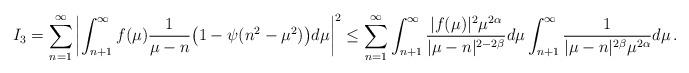
LaTeX: \begin{align*}I_3 & = \sum_{n=1}^\infty \left | \int^\infty_{n+1} f(\mu )\frac{1}{\mu -n }\big ( 1 -\psi (n^2 - \mu^2) \big) d\mu \right |^2 \leq \sum_{n=1}^\infty \int^\infty_{n+1} \frac{|f(\mu )|^2 \mu^{2\alpha} }{|\mu -n|^{2-2\beta} } d\mu \int^\infty_{n+1} \frac{1}{|\mu -n|^{2\beta} \mu^{2\alpha}} d\mu\, .\end{align*}